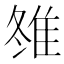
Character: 䧷